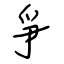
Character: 爭